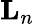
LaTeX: \mathbf{L}_{n}